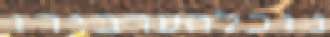
נוכלהערבירו